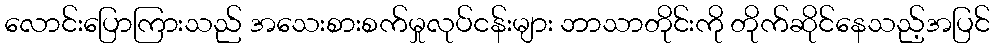
လောင်းပြောကြားသည် အသေးစားစက်မှုလုပ်ငန်းများ ဘာသာတိုင်းကို တိုက်ဆိုင်နေသည့်အပြင်